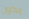
يكون